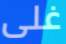
غلى